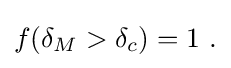
{\textstyle f(\delta _{M}>\delta _{c})=1~.}